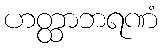
ဟတ္ထာဘရဏံ